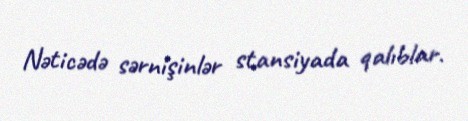
Nəticədə sərnişinlər stansiyada qalıblar.